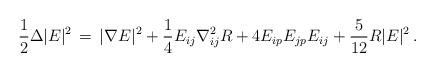
LaTeX: \begin{align*}\frac{1}{2}\Delta |E|^{2} \,=\, |\nabla E|^{2} + \frac{1}{4} E_{ij}\nabla^{2}_{ij} R +4 E_{ip} E_{jp}E_{ij} +\frac{5}{12} R |E|^{2} \,.\end{align*}